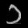
Digit: ၁